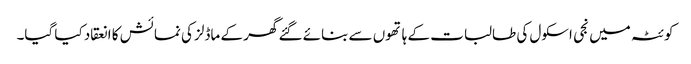
کوئٹہ میں نجی اسکول کی طالبات کے ہا تھوں سے بنائے گئے گھر کے ماڈلز کی نمائش کا انعقاد کیا گیا۔